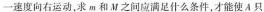
一速度向右运动，求m和M之间应满足什么条件，才能使A只